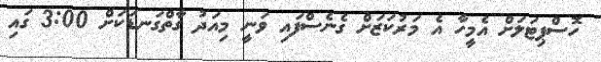
ހޮސްޕިޓަލަށް އެމީހާ އެ މަރުކަޒަށް ގެނެސްފައި ވަނީ މިއަދު ގާތްގަނޑަކަށް 3:00 ގައި